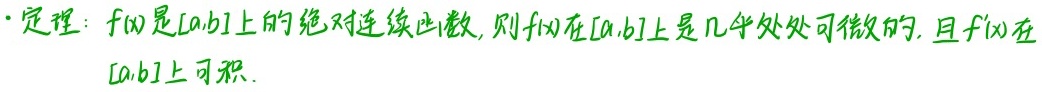
- 定理：$f(x)$是$[a,b]$上的绝对连续函数, 则$f(x)$在$[a,b]$上是几乎处处可微的, 且$f(x)$在$[a,b]$上可积.